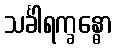
သင်္ခါရက္ခန္ဓော